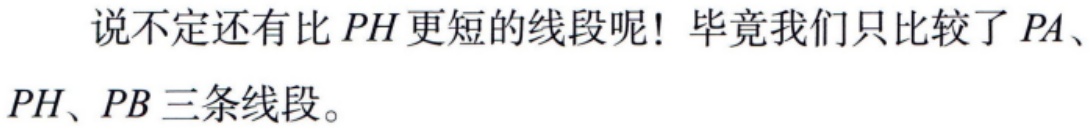
说不定还有比 \(PH\) 更短的线段呢！毕竟我们只比较了 \(PA\)、\(PH\)、\(PB\) 三条线段。